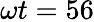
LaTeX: \omega t=56